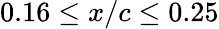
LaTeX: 0.16\leq x/c\leq 0.25